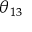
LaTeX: \theta _ { 1 3 }